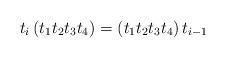
LaTeX: \begin{align*}t_i \left( t_1 t_2 t_3 t_4 \right)= \left( t_1 t_2 t_3 t_4 \right) t_{i-1}\end{align*}